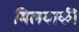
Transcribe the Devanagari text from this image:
मिलवाकी